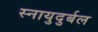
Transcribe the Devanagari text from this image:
स्नायुदुर्बल